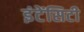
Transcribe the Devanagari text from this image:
इंटेंसिटी